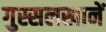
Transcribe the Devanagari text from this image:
गुस्सलखानें